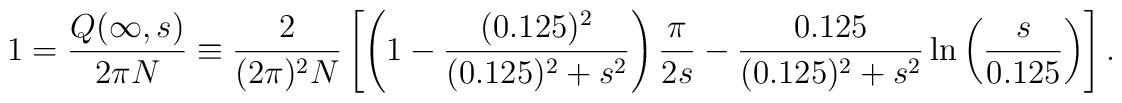
1={Q(\infty,s) \over 2 \pi N} \equiv {2 \over (2 \pi)^2 N} \left[\left(1-{(0.125)^2 \over (0.125)^2+s^2} \right){\pi \over 2s}-{0.125\over (0.125)^2 +s^2} \ln \left( {s \over 0.125} \right) \right].